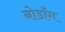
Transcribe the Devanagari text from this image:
नोडाँग